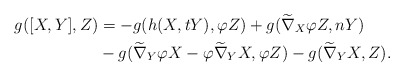
\begin{align*}g([X,Y], Z) &=-g(h(X,tY), \varphi Z)+g(\widetilde\nabla_{X}\varphi Z, nY) \\ &-g(\widetilde\nabla_{Y}\varphi X-\varphi \widetilde\nabla_{Y}X, \varphi Z)-g(\widetilde\nabla_{Y}X, Z).\end{align*}